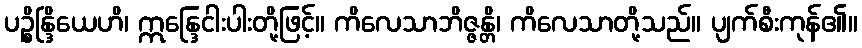
ပဉ္စိန္ဒြိယေဟိ၊ ဣန္ဒြေငါးပါးတို့ဖြင့်။ ကိလေသာဘိဇ္ဇန္တိ၊ ကိလေသာတို့သည်။ ပျက်စီးကုန်၏။